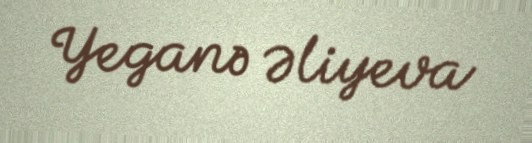
Yeganə Əliyeva